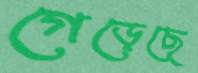
গেড়েছে